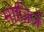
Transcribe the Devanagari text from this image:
मोजिज़ें